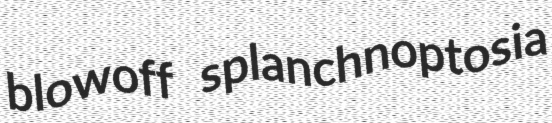
blowoff splanchnoptosia